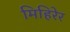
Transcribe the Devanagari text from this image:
मिहिरेर